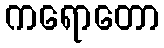
ကရောတော